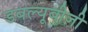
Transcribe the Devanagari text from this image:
डबल्यूबीजी